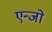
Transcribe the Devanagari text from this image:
एन्जो